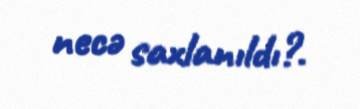
necə saxlanıldı?.